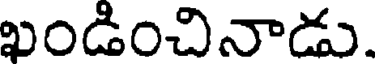
ఖండించినాడు.